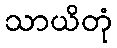
သာယိတုံ